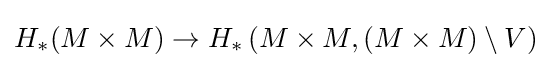
H_{*}(M\times M)\to H_{*}\left(M\times M,(M\times M)\setminus V\right)